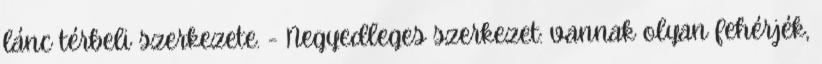
lánc térbeli szerkezete. - Negyedleges szerkezet: vannak olyan fehérjék,